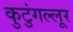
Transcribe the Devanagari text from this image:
कुटुंगल्लूर